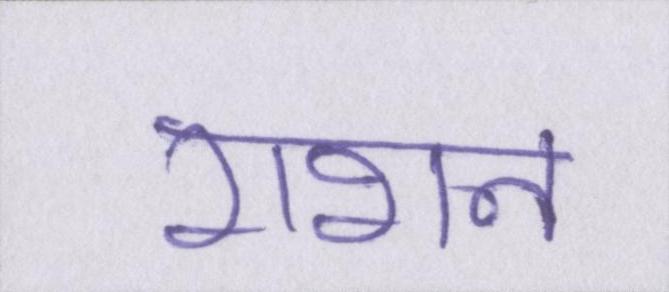
राशन